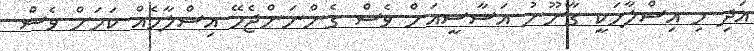
އަދި މި އިސްލާހަކީ ގާނޫނު އަސާސީއަށް ވެސް ގެންނަންޖެހޭ އިސްލާހެއް ކަމަށް ވެސް